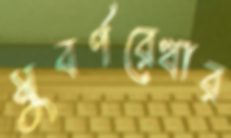
সুবর্ণরেখার